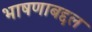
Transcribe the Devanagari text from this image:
भाषणाबद्दल